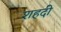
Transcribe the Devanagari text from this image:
शहदी